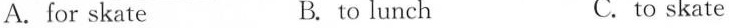
A.for skate B. to lunch C.to skate